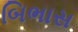
બિભાસ